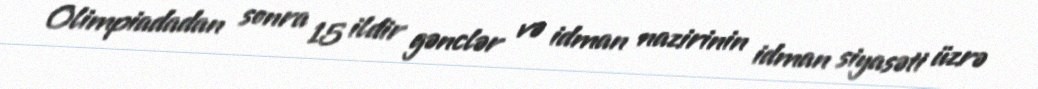
Olimpiadadan sonra 15 ildir gənclər və idman nazirinin idman siyasəti üzrə